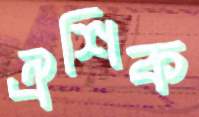
ঐশিক